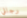
رجالي